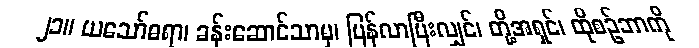
၂၁။ ယသော်ဓရာ၊ ခန်းဆောင်သာမှ၊ ပြန်လာပြီးလျှင်၊ တို့အရှင်၊ ထိုစဉ်ဘာကို